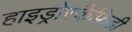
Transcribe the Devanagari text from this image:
हाइड्रोस्कैफ़िडी